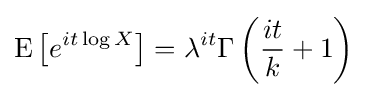
\operatorname {E} \left[e^{it\log X}\right]=\lambda ^{it}\Gamma \left({\frac {it}{k}}+1\right)